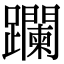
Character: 躝